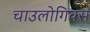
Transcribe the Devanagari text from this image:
चाउलोगिक्स